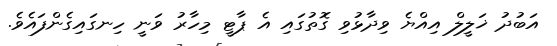
އަބުދު ޚަލީލް އިއްޔެ ވިދާޅުވި ގޮތުގައި އެ ޕާޓީ މިހާރު ވަނީ ހިނގައިގެންފައެވެ.